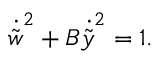
{ \dot { \tilde { w } } } ^ { 2 } + B { \dot { \tilde { y } } } ^ { 2 } = 1 .